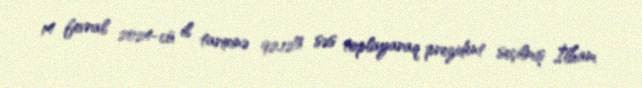
14 fevral 2024-cü il tarixinə 92.12% səs toplayaraq prezident seçilmiş İlham